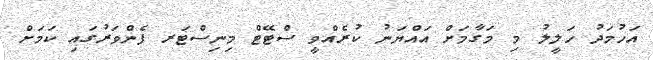
އަހުމަދު ހަލީލު މި މަގާމަށް އައްޔަނު ކުރެއްވީ ސްޓޭޓް މިނިސްޓަރ ފެންވަރުގައި ކަމަށް